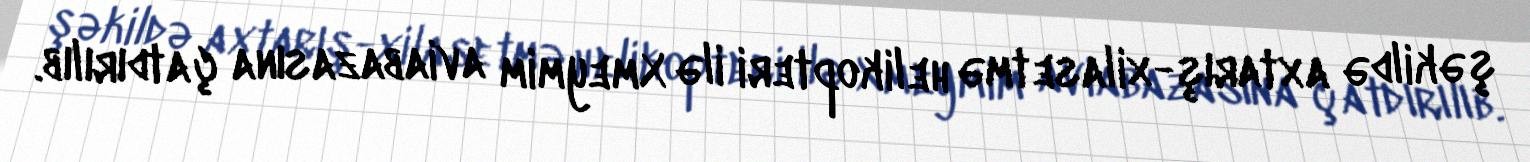
şəkildə axtarış-xilasetmə helikopteri ilə Xmeymim aviabazasına çatdırılıb.